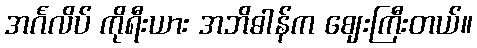
အင်္ဂလိပ် ကိုရီးယား အဘိဓါန်က ဈေးကြီးတယ်။